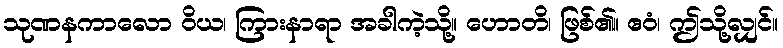
သုဏနကာလော ဝိယ၊ ကြားနာရာ အခါကဲ့သို့။ ဟောတိ၊ ဖြစ်၏။ ဧဝံ၊ ဤသို့လျှင်။